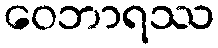
ဝေဘာရဿ